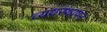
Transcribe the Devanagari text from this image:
व्ययस्थापन